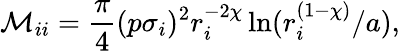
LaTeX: \mathcal M_{ii}=\frac{\pi}{4}(p\sigma_{i})^{2}r_{i}^{-2\chi}\ln(r_{i}^{(1-\chi)}/a),